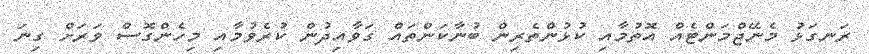
ރަނގަޅު މެނޭޖްމަންޓެއް އޮތުމާއި ކުޅުންތެރިން ބުނާކަންތައް ގަވާއިދުން ކުރެވުމާއި މިހެންގޮސް ވަރަށް ގިނަ